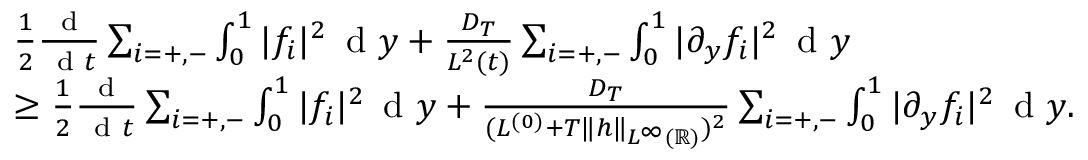
\begin{array} { r l } & { \frac { 1 } { 2 } \frac { \textup { d } } { \, \textup { d } t } \sum _ { i = + , - } \int _ { 0 } ^ { 1 } | f _ { i } | ^ { 2 } \, \textup { d } y + \frac { D _ { T } } { L ^ { 2 } ( t ) } \sum _ { i = + , - } \int _ { 0 } ^ { 1 } | \partial _ { y } f _ { i } | ^ { 2 } \, \textup { d } y } \\ & { \ge \frac { 1 } { 2 } \frac { \textup { d } } { \, \textup { d } t } \sum _ { i = + , - } \int _ { 0 } ^ { 1 } | f _ { i } | ^ { 2 } \, \textup { d } y + \frac { D _ { T } } { ( L ^ { ( 0 ) } + T \| h \| _ { L ^ { \infty } ( \mathbb { R } ) } ) ^ { 2 } } \sum _ { i = + , - } \int _ { 0 } ^ { 1 } | \partial _ { y } f _ { i } | ^ { 2 } \, \textup { d } y . } \end{array}